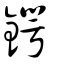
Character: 鍔